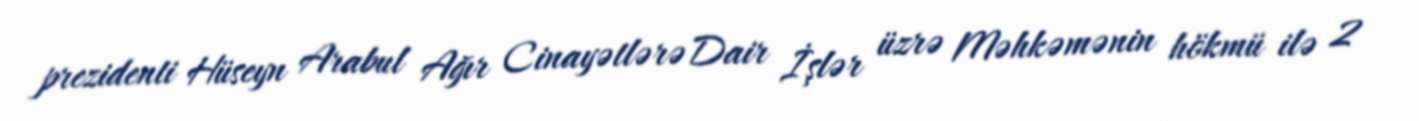
prezidenti Hüseyn Arabul Ağır Cinayətlərə Dair İşlər üzrə Məhkəmənin hökmü ilə 2